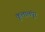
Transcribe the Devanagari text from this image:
कुलालंपुर